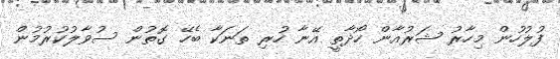
ފުލުހުން މިހާރު ޝަރުއާން ހޯދާތީ އޭނާ ހުރި ތަނަކާ ބެހޭ ގޮތުން ސުވާލުކުރުމުން